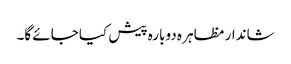
شاندار مظاہر ہ دوبارہ پیش کیا جائے گا۔